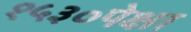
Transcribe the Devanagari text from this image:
१५३०पेक्षा